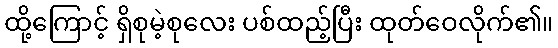
ထို့ကြောင့် ရှိစုမဲ့စုလေး ပစ်ထည့်ပြီး ထုတ်ဝေလိုက်၏။